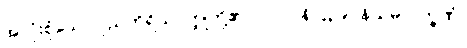
အလုံးစုံသော ပုညကိရိယဝတ္ထုတို့၏။ [၀၁] (နိ-၄၃၉) နိယမလက္ခဏံ၊